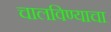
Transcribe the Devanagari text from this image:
चालविण्‍याचा